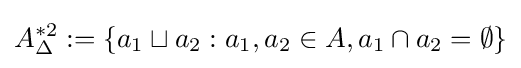
A_{\Delta }^{*2}:=\{a_{1}\sqcup a_{2}:a_{1},a_{2}\in A,a_{1}\cap a_{2}=\emptyset \}